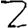
Digit: 2